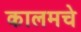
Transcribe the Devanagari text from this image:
कालमचे